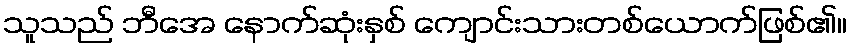
သူသည် ဘီအေ နောက်ဆုံးနှစ် ကျောင်းသားတစ်ယောက်ဖြစ်၏။